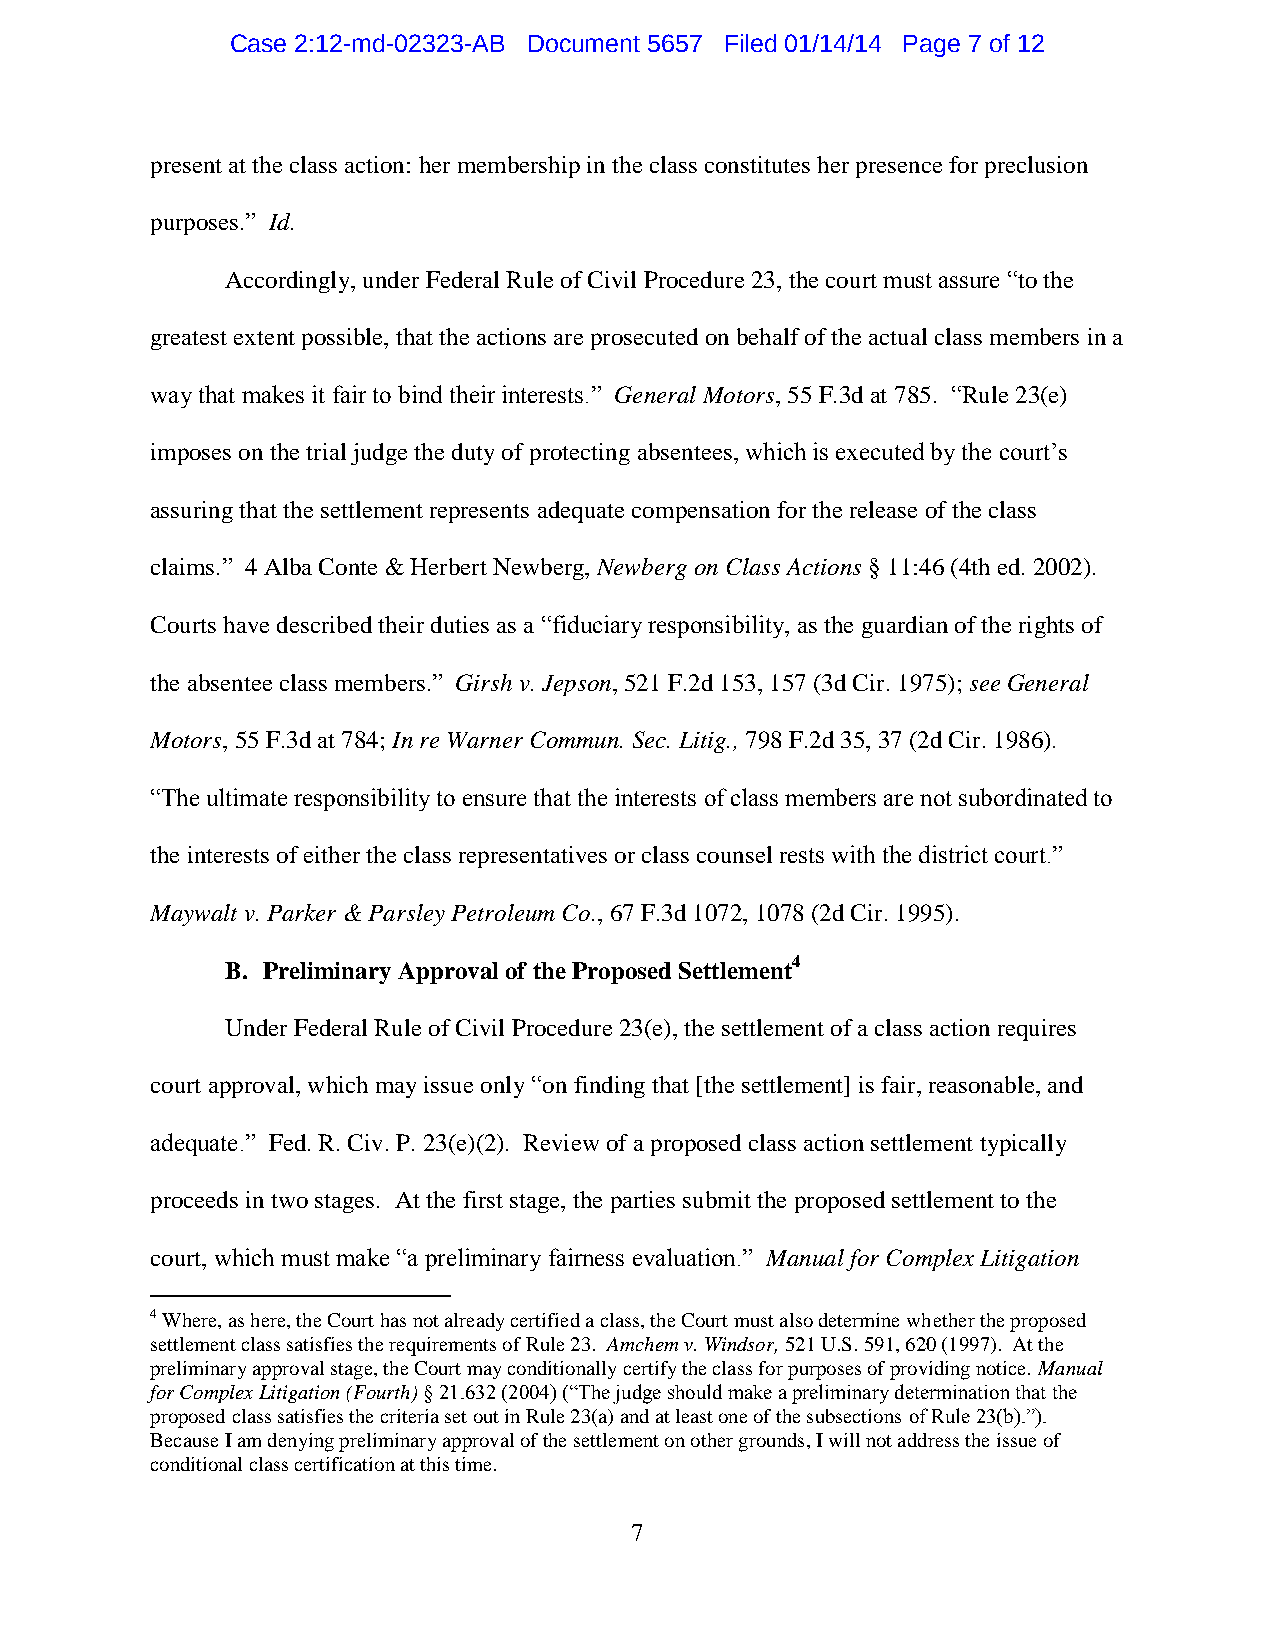
Case 2:12-md-02323-AB Document 5657 Filed 01/14/14 Page 7 of 12
 present at the class action: her membership in the class constitutes her presence for preclusion
 purposes.” Id.
 Accordingly, under Federal Rule of Civil Procedure 23, the court must assure “to the
 greatest extent possible, that the actions are prosecuted on behalf of the actual class members in a
 way that makes it fair to bind their interests.” General Motors, 55 F.3d at 785. “Rule 23(e)
 imposes on the trial judge the duty of protecting absentees, which is executed by the court’s
 assuring that the settlement represents adequate compensation for the release of the class
 claims.” 4 Alba Conte & Herbert Newberg, Newberg on Class Actions § 11:46 (4th ed. 2002).
 Courts have described their duties as a “fiduciary responsibility, as the guardian of the rights of
 the absentee class members.” Girsh v. Jepson, 521 F.2d 153, 157 (3d Cir. 1975); see General
 Motors, 55 F.3d at 784; In re Warner Commun. Sec. Litig., 798 F.2d 35, 37 (2d Cir. 1986).
 “The ultimate responsibility to ensure that the interests of class members are not subordinated to
 the interests of either the class representatives or class counsel rests with the district court.”
 Maywalt v. Parker & Parsley Petroleum Co., 67 F.3d 1072, 1078 (2d Cir. 1995).
 B. Preliminary Approval of the Proposed Settlement4
 Under Federal Rule of Civil Procedure 23(e), the settlement of a class action requires
 court approval, which may issue only “on finding that [the settlement] is fair, reasonable, and
 adequate.” Fed. R. Civ. P. 23(e)(2). Review of a proposed class action settlement typically
 proceeds in two stages. At the first stage, the parties submit the proposed settlement to the
 court, which must make “a preliminary fairness evaluation.” Manual for Complex Litigation
 4 Where, as here, the Court has not already certified a class, the Court must also determine whether the proposed
 settlement class satisfies the requirements of Rule 23. Amchem v. Windsor, 521 U.S. 591, 620 (1997). At the
 preliminary approval stage, the Court may conditionally certify the class for purposes of providing notice. Manual
 for Complex Litigation (Fourth) § 21.632 (2004) (“The judge should make a preliminary determination that the
 proposed class satisfies the criteria set out in Rule 23(a) and at least one of the subsections of Rule 23(b).”).
 Because I am denying preliminary approval of the settlement on other grounds, I will not address the issue of
 conditional class certification at this time.
 7